Report of the King Institute of Preventive Medicine, Guindy
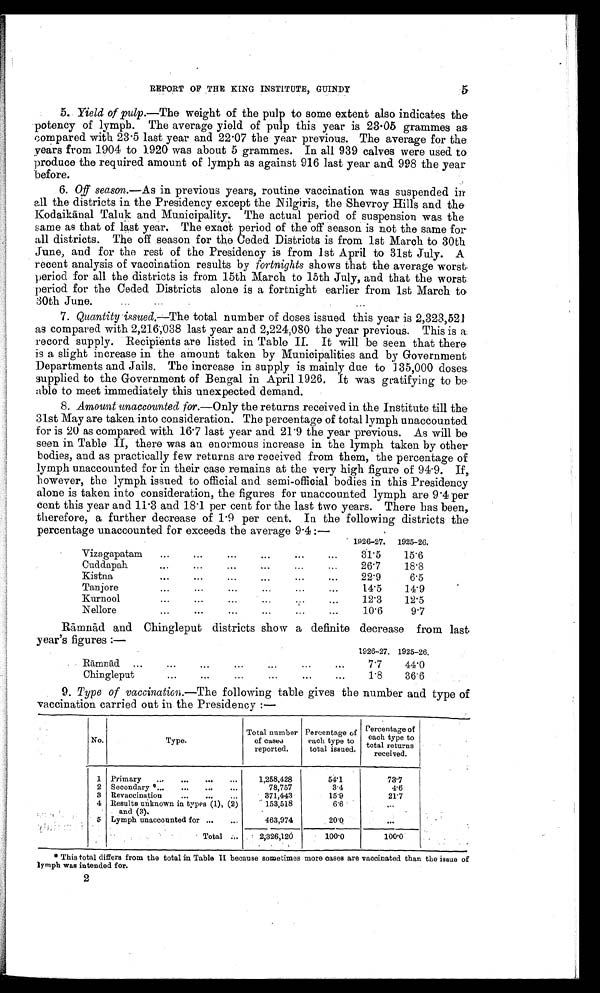
5
REPORT OF THE KING INSTITUTE, GUINDY
5. Yield of pulp.—The weight of the pulp to some extent also indicates the
potency of lymph. The average yield of pulp this year is 23.05 grammes as
compared with 23.5 last year and 22.07 the year previous. The average for the
years from 1904 to 1920 was about 5 grammes. In all 939 calves were used to
produce the required amount of lymph as against 916 last year and 998 the year
before.
6. Off season.—As in previous years, routine vaccination was suspended in
all the districts in the Presidency except the Nilgiris, the Shevroy Hills and the
Kodaikānal Taluk and Municipality. The actual period of suspension was the
same as that of last year. The exact period of the off season is not the same for
all districts. The off season for the Ceded Districts is from 1st March to 30th
June, and for the rest of the Presidency is from 1st April to 31st July. A
recent analysis of vaccination results by fortnights shows that the average worst
period for all the districts is from 15th March to 15th July, and that the worst
period for the Ceded Districts alone is a fortnight earlier from 1st March to,
30th June.
7. Quantity issued.—The total number of doses issued this year is 2,323,521
as compared with 2,216,038 last year and 2,224,080 the year previous. This is a.
record supply. Recipients are listed in Table II. It will be seen that there
is a slight increase in the amount taken by Municipalities and by Government
Departments and Jails. The increase in supply is mainly due to 135,000 doses
supplied to the Government of Bengal in April 1926. It was gratifying to be
able to meet immediately this unexpected demand.
8. Amount unaccounted for.— Only the returns received in the Institute till the
31st May are taken into consideration. The percentage of total lymph unaccounted
for is 20 as compared with 16.7 last year and 21.9 the year previous. As will be
seen in Table II, there was an enormous increase in the lymph taken by other
bodies, and as practically few returns are received from them, the percentage of
lymph unaccounted for in their case remains at the very high figure of 94.9. If,
however, the lymph issued to official and semi-official bodies in this Presidency
alone is taken into consideration, the figures for unaccounted lymph are 9.4 per
cent this year and 11.3 and 18.1 per cent for the last two years. There has been,
therefore, a further decrease of 1.9 per cent. In the following districts the
percentage unaccounted for exceeds the average 9.4 :—
1926-27.
1925-26.
Vizagapatam
31.5
15.6
Cuddapah
26.7
18.8
Kistna
22.9
6.5
Tanjore
l4.5
14.9
Kurnool
12.3
12.5
Nellore
10.6
9.7
Rāmnād and Chingleput districts show a definite decrease from last
year's figures :—
1926-27. 1925-26,
Rāmnād
7.7
44.0
Chingleput
1.8
36.6
9. Type of vaccination.—The following table gives the number and type of
vaccination carried out in the Presidency :—
No.
Type.
Total number
of caste
reported.
Percentage of
each type to
total issued.
Percentage of
each type to
total returns
received.
1 Primary
1,258,428
54.1
73.7
2 Secondary *
78,757
3.4
4.6
3 Revaccination
371,443
15.9
2 1 . 7
4 Results unknown in types (1), (2)
and (3).
153,518
6.6
. . .
5 Lymph unaccounted for
463,974
20.0
. . .
Total
2,326,120
100.0
100.0
* This total differs from the total in Table II because sometimes more cases are vaccinated than the issue of
lymph was intended for.
2